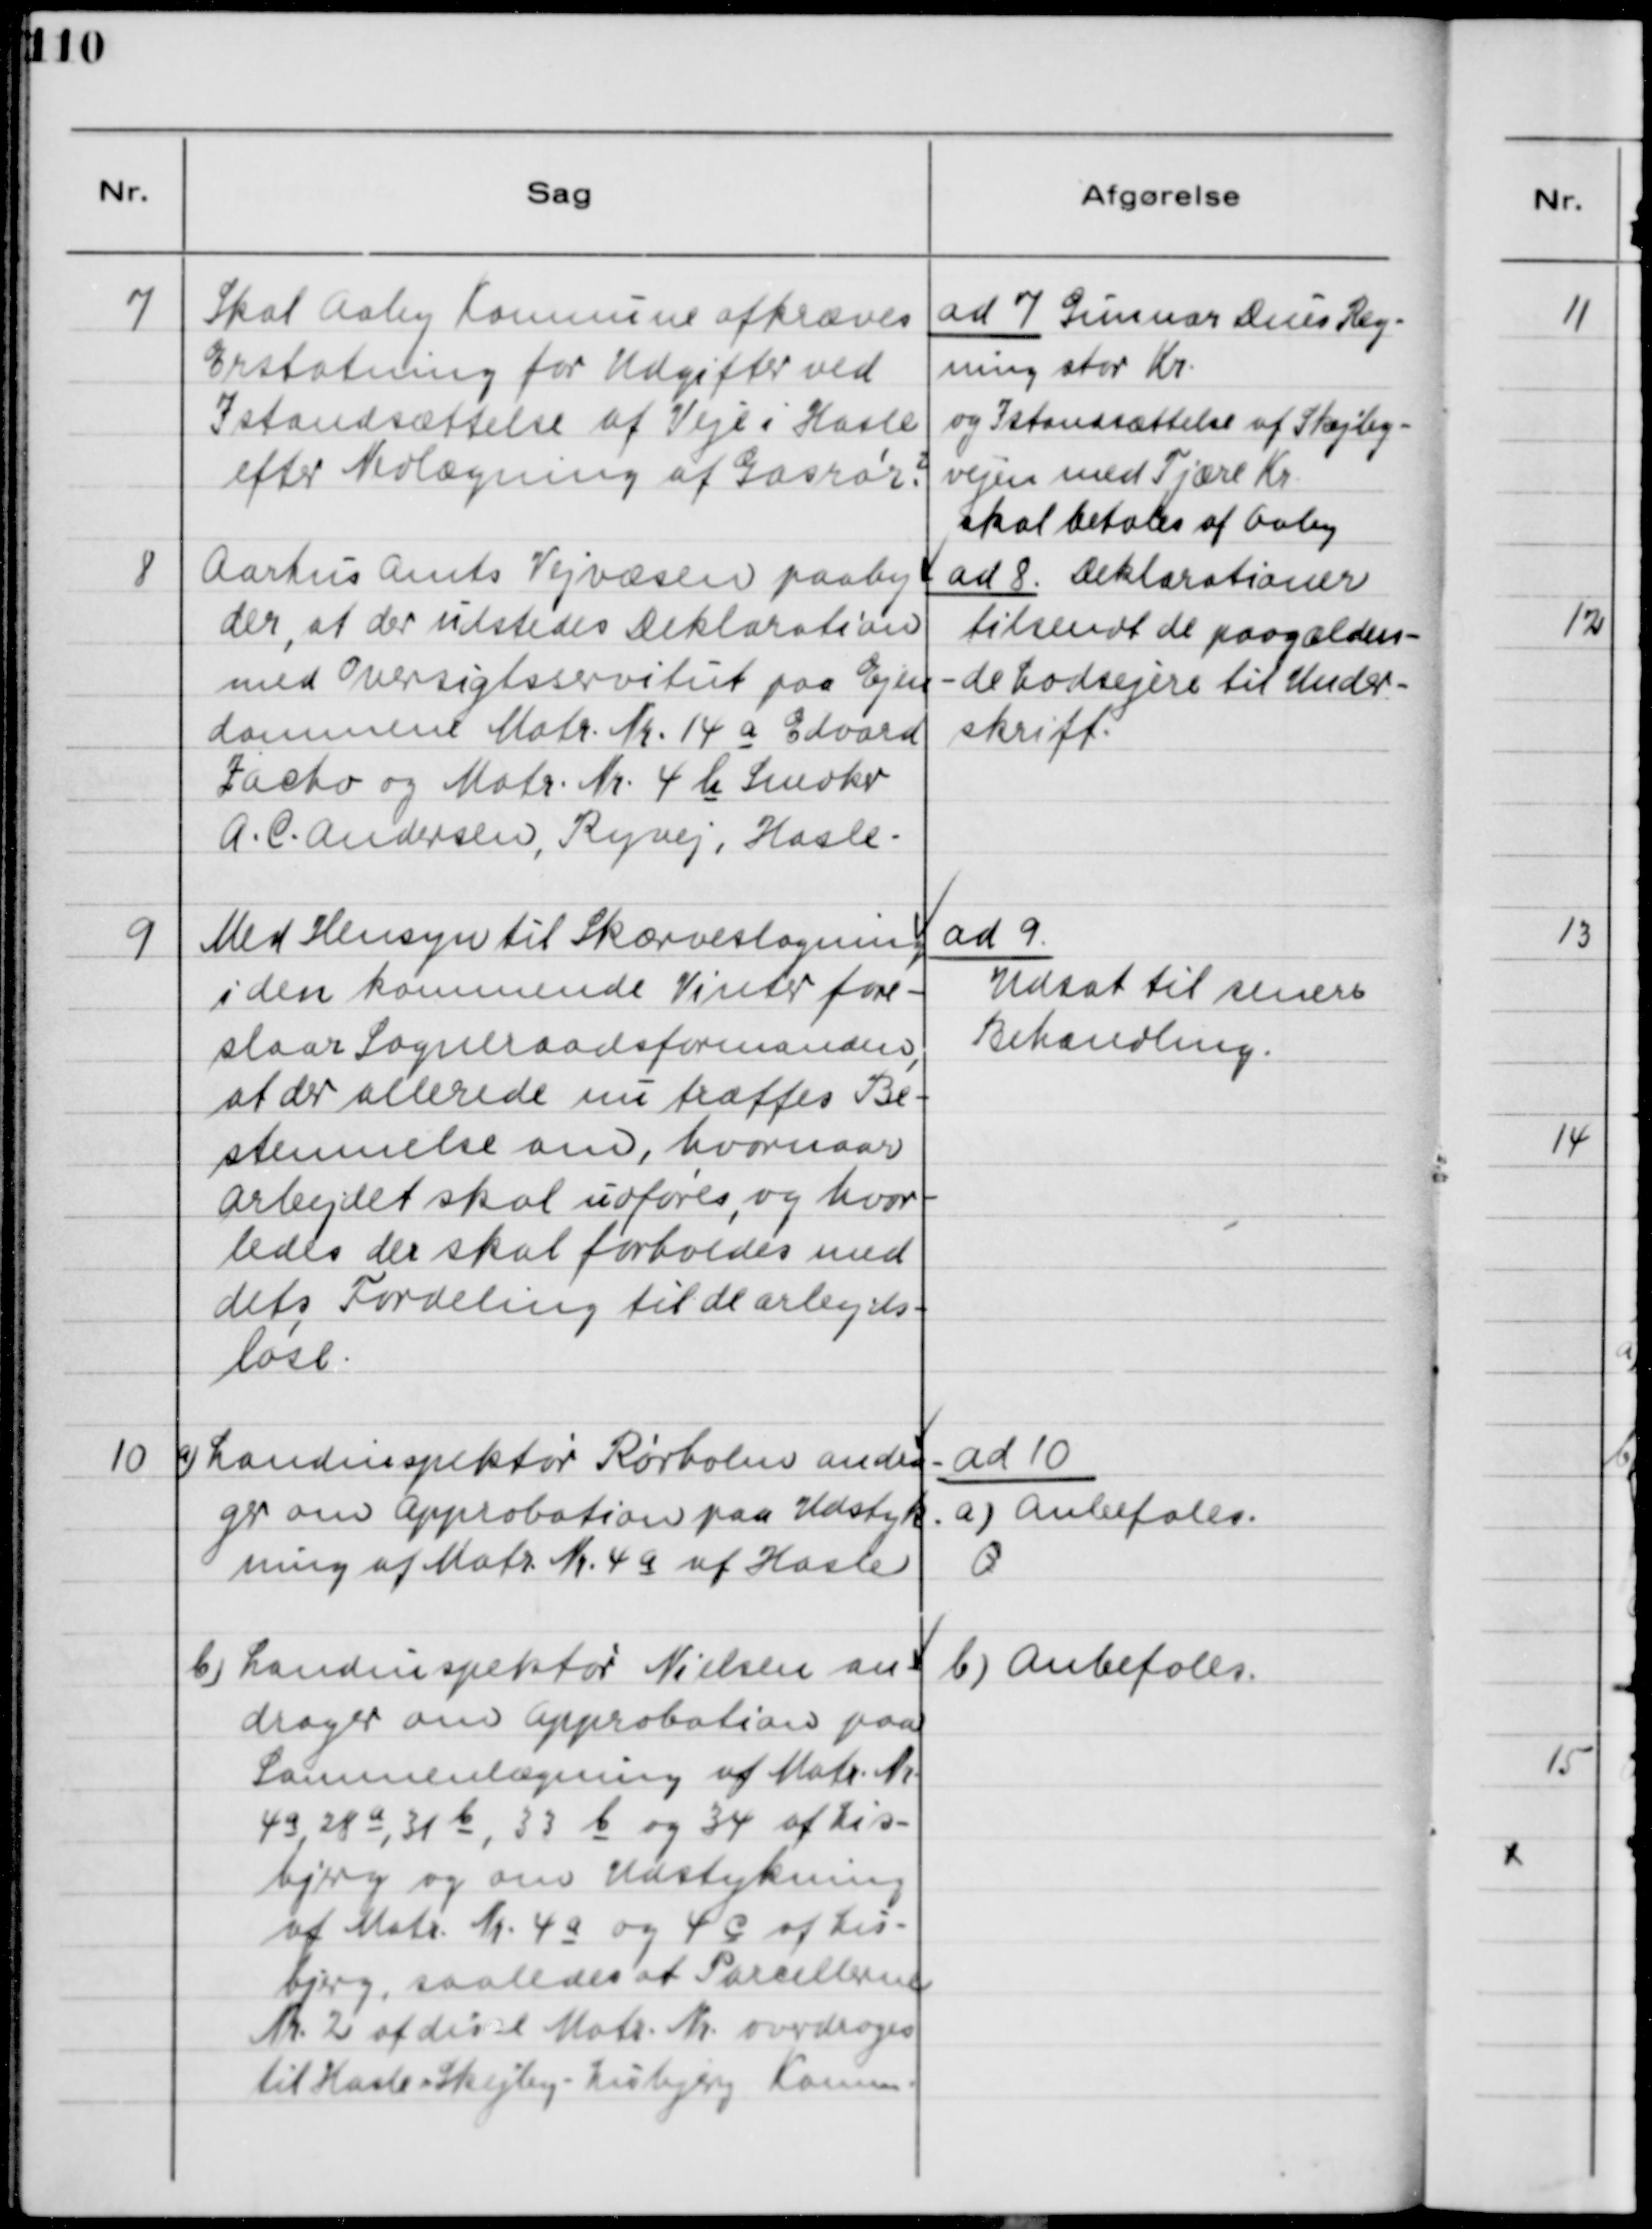
Transskription:
7
Skal Aaby Kommune afkræves
Erstatning for Udgifter ved
Istandsættelse af Veje i Hasle
efter Nedlægning af Gasrør?
ad 7   Reg-  
ning stor Kr.
og Istandsættelse af Skejby-
vejen med Tjære Kr
skal betales af Aaby.
8
Aarhus Amts Vejvæsen paaby-
der, at der udstedes Deklaration
med Oversigtsservitut paa Ejen-
dommene Matr. Nr. 14 a Edvard
Jaebo og Matr. Nr. 4 b Snedker
A.C. Andersen, Ryvej, Hasle.
ad 8 Deklarationer
tilsendt de paagælden-
de Lodsejere til Under-
skrift.
9
Med Hensyn til Skærveslagning
i den kommende Vinter fore-
slaar Sogneraadsformanden,
at der allerede nu træffes Be-
stemmelse om, hvornaar
arbejdet skal udføres, og hvor-
ledes der skal forholdes med
dets Fordeling til de arbejds-
løse.
ad 9
Udsat til senere
Behandling.
10
a) Landinspektør Rørholm andra-
ger om Approbation paa Udstyk-
ning af Matr. Nr. 4a af Hasle
ad 10
a) Anbefales.
b) Landinspektør Nielsen an-
drager om Approbation paa
Sammenlægning af Matr. Nr.
4 a, 28 a, 31 b, 33 b og 34 af Lis-
bjerg og om Udstykning
af Matr. Nr. 4a og 4 c af Lis-
bjerg, saaledes at Parcellerne
Nr. 2 af disse Matr. Nr. overdrages
til Hasle-Skejby-Lisbjerg Kommune.
b) Anbefales.